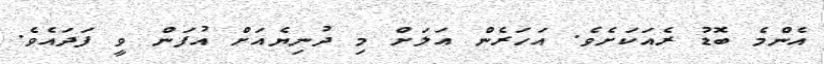
އެންމެ ބޮޑު ރެއަކަށެވެ. އަހަރެން އަލަށް މި ދުނިޔެއަށް އުފަން ވީ ފަދައެވެ.